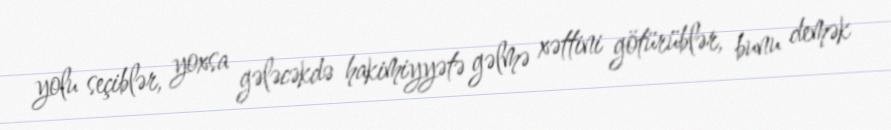
yolu seçiblər, yoxsa gələcəkdə hakimiyyətə gəlmə xəttini götürüblər, bunu demək